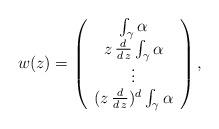
LaTeX: \begin{align*}w(z) = \left( \begin{array}{c} \int_{\gamma} \alpha \\ z \, \frac{d}{d \, z} \int_{\gamma} \alpha \\ \vdots \\ (z \, \frac{d}{d \, z})^d \int_{\gamma} \alpha \end{array} \right),\end{align*}